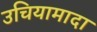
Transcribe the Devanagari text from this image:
उचियामादा